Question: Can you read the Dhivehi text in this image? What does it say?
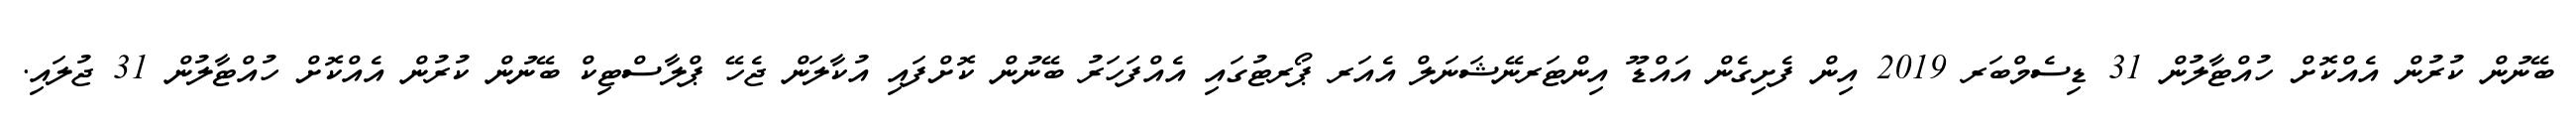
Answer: ބޭނުން ކުރުން އެއްކޮށް ހުއްޓާލުން 31 ޑިސެމްބަރ 2019 އިން ފެށިގެން އައްޑޫ އިންޓަރނޭޝަނަލް އެއަރ ޕޯރޓުގައި އެއްފަހަރު ބޭނުން ކޮށްފައި އުކާލަން ޖެހޭ ޕްލާސްޓިކް ބޭނުން ކުރުން އެއްކޮށް ހުއްޓާލުން 31 ޖުލައި.